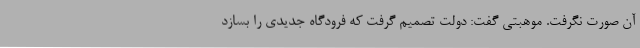
آن صورت نگرفت. موهبتی گفت: دولت تصمیم گرفت که فرودگاه جدیدی را بسازد